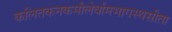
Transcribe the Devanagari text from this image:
कलितकनकमौलेर्वामभागस्थसीता